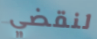
لنقضي